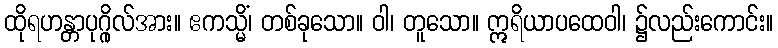
ထိုရဟန္တာပုဂ္ဂိုလ်အား။ ဧကသ္မိံ၊ တစ်ခုသော။ ဝါ၊ တူသော။ ဣရိယာပထေဝါ၊ ၌လည်းကောင်း။